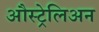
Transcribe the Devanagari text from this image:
औस्ट्रेलिअन